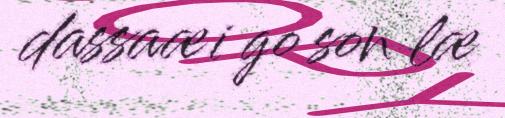
dassaæi go son læ